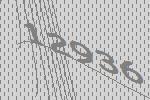
12936